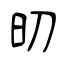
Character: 旫